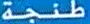
طنجة